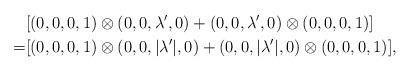
LaTeX: \begin{align*}&[(0,0,0,1)\otimes (0,0,\lambda',0)+(0,0,\lambda',0)\otimes(0,0,0,1)]\\=&[(0,0,0,1)\otimes (0,0,|\lambda'|,0)+(0,0,|\lambda'|,0)\otimes(0,0,0,1)],\end{align*}